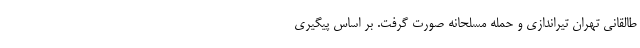
طالقانی تهران تیراندازی و حمله مسلحانه صورت گرفت‌. بر اساس پیگیری